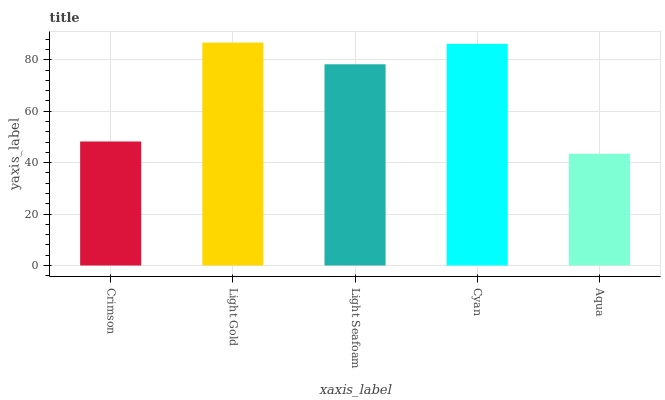
| xaxis_label | bars |
 | --- | --- |
 | Crimson | 48.2 |
 | Light Gold | 86.7 |
 | Light Seafoam | 78.3 |
 | Cyan | 86.2 |
 | Aqua | 43.5 |